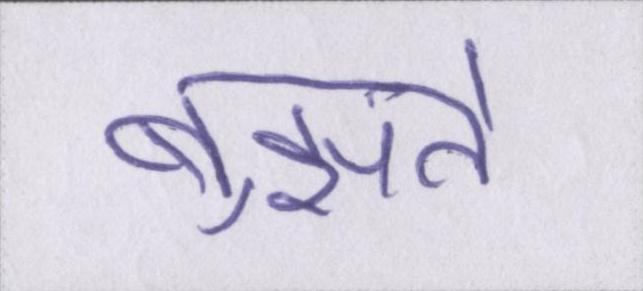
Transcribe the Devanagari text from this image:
बुझते